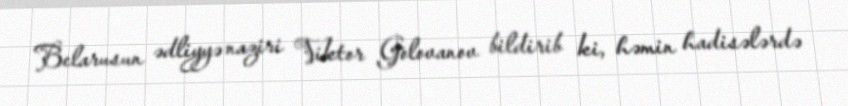
Belarusun ədliyyə naziri Viktor Golovanov bildirib ki, həmin hadisələrdə